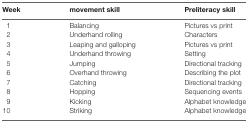
<table><thead><tr><td><b>Week</b></td><td><b>movement skill</b></td><td><b>Preliteracy skill</b></td></tr></thead><tbody><tr><td>1</td><td>Balancing</td><td>Pictures vs print</td></tr><tr><td>2</td><td>Underhand rolling</td><td>Characters</td></tr><tr><td>3</td><td>Leaping and galloping</td><td>Pictures vs print</td></tr><tr><td>4</td><td>Underhand throwing</td><td>Setting</td></tr><tr><td>5</td><td>Jumping</td><td>Directional tracking</td></tr><tr><td>6</td><td>Overhand throwing</td><td>Describing the plot</td></tr><tr><td>7</td><td>Catching</td><td>Directional tracking</td></tr><tr><td>8</td><td>Hopping</td><td>Sequencing events</td></tr><tr><td>9</td><td>Kicking</td><td>Alphabet knowledge</td></tr><tr><td>10</td><td>Striking</td><td>Alphabet knowledge</td></tr></tbody></table>